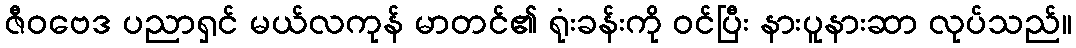
ဇီဝဗေဒ ပညာရှင် မယ်လကုန် မာတင်၏ ရုံးခန်းကို ဝင်ပြီး နားပူနားဆာ လုပ်သည်။